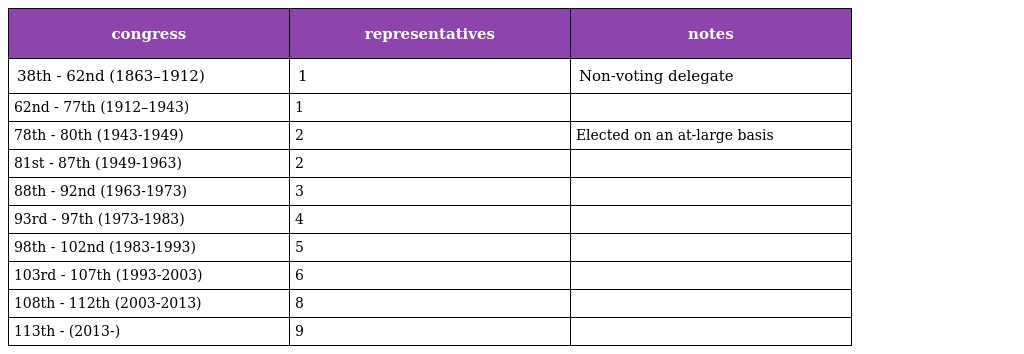
| congress | representatives | notes |
 | --- | --- | --- |
 | 38th - 62nd (1863–1912) | 1 | Non-voting delegate |
 | 62nd - 77th (1912–1943) | 1 |  |
 | 78th - 80th (1943-1949) | 2 | Elected on an at-large basis |
 | 81st - 87th (1949-1963) | 2 |  |
 | 88th - 92nd (1963-1973) | 3 |  |
 | 93rd - 97th (1973-1983) | 4 |  |
 | 98th - 102nd (1983-1993) | 5 |  |
 | 103rd - 107th (1993-2003) | 6 |  |
 | 108th - 112th (2003-2013) | 8 |  |
 | 113th - (2013-) | 9 |  |